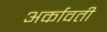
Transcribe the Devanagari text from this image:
अर्कावती